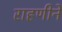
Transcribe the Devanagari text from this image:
राहणीने